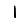
Digit: 1